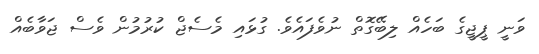
ވަނީ ޕީޖީގެ ބަހެއް ލިބޭގޮތް ނުވެފައެވެ. ގުޅައި މެސެޖް ކުރުމުން ވެސް ޖަވާބެއް